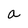
Character: a